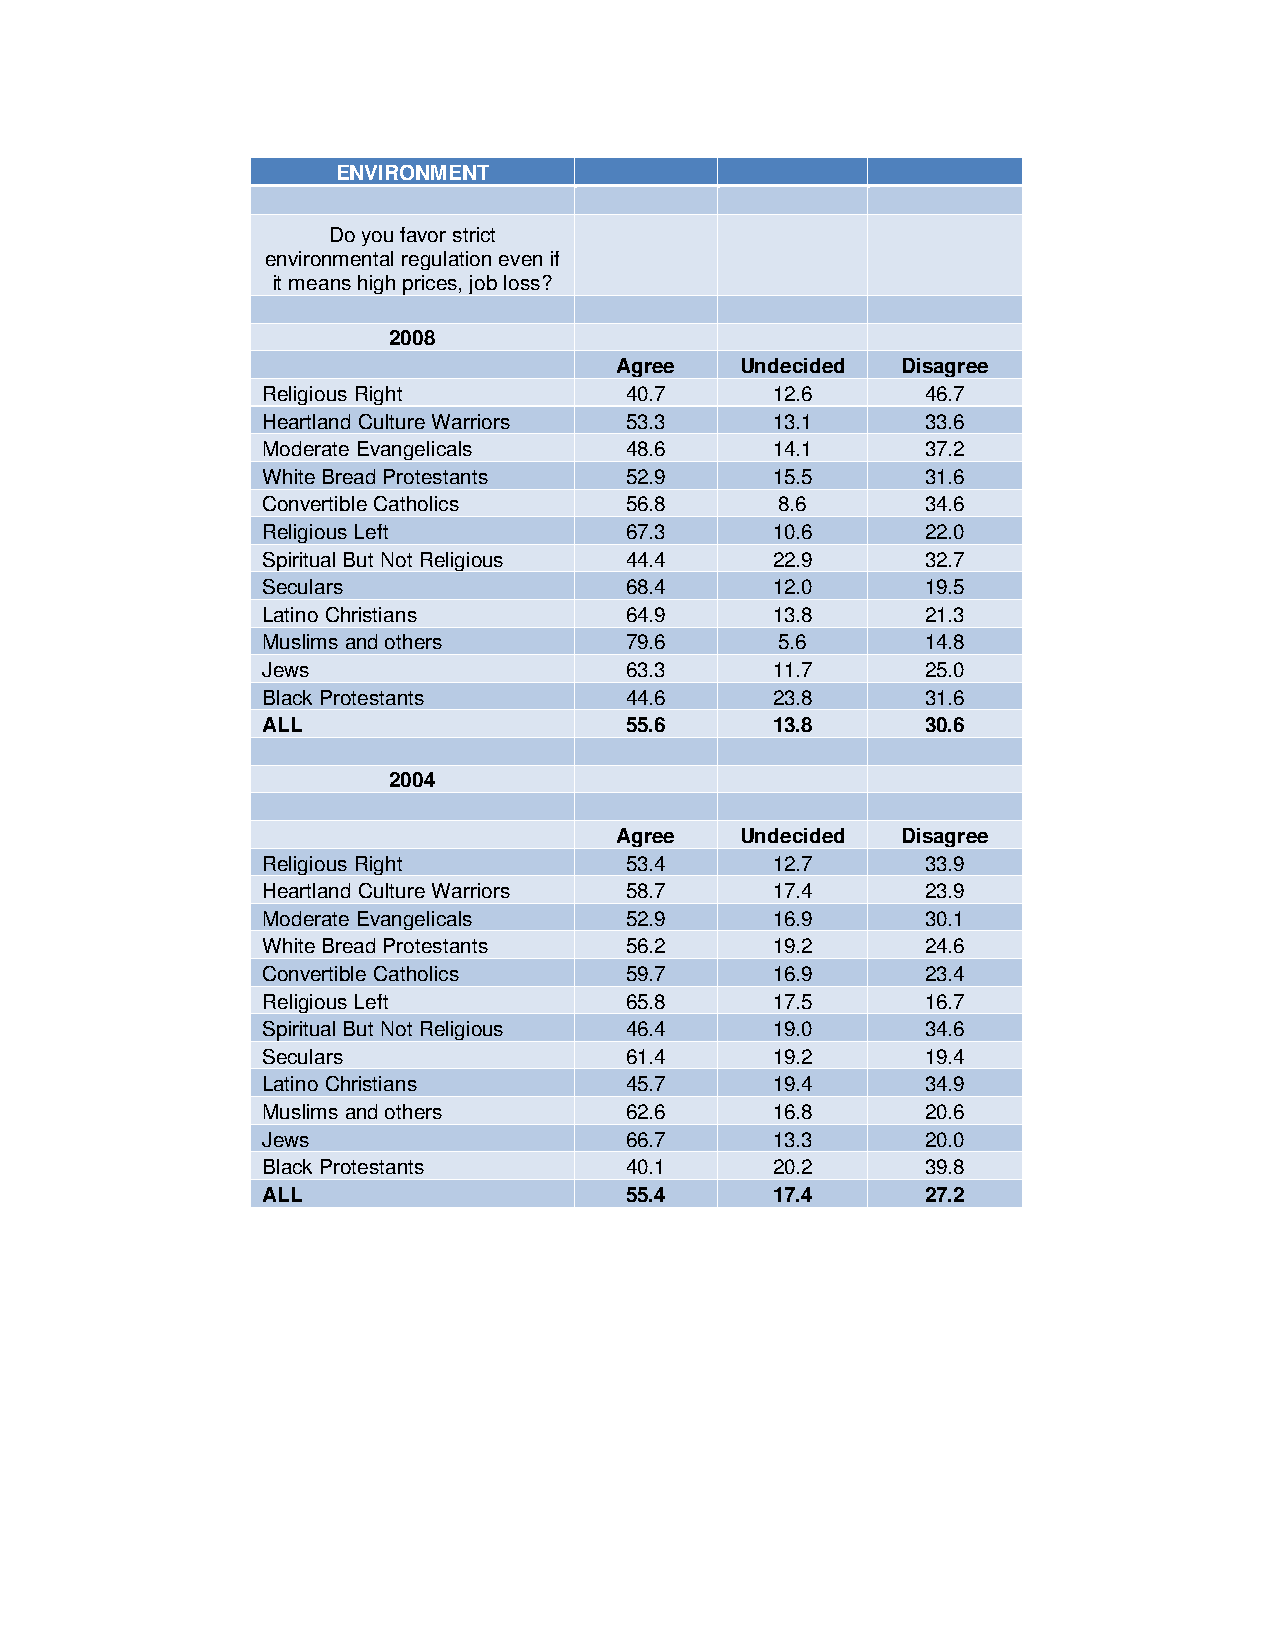
ENVIRONMENT
 Do you favor strict
 environmental regulation even if
 it means high prices, job loss?
 2008
 Agree   Undecided  Disagree
 Religious Right         40.7      12.6      46.7
 Heartland Culture Warriors 53.3   13.1      33.6
 Moderate Evangelicals   48.6      14.1      37.2
 White Bread Protestants 52.9      15.5      31.6
 Convertible Catholics   56.8       8.6      34.6
 Religious Left          67.3      10.6      22.0
 Spiritual But Not Religious 44.4  22.9      32.7
 Seculars                68.4      12.0      19.5
 Latino Christians       64.9      13.8      21.3
 Muslims and others      79.6       5.6      14.8
 Jews                    63.3      11.7      25.0
 Black Protestants       44.6      23.8      31.6
 ALL                     55.6      13.8      30.6
 2004
 Agree   Undecided  Disagree
 Religious Right         53.4      12.7      33.9
 Heartland Culture Warriors 58.7   17.4      23.9
 Moderate Evangelicals   52.9      16.9      30.1
 White Bread Protestants 56.2      19.2      24.6
 Convertible Catholics   59.7      16.9      23.4
 Religious Left          65.8      17.5      16.7
 Spiritual But Not Religious 46.4  19.0      34.6
 Seculars                61.4      19.2      19.4
 Latino Christians       45.7      19.4      34.9
 Muslims and others      62.6      16.8      20.6
 Jews                    66.7      13.3      20.0
 Black Protestants       40.1      20.2      39.8
 ALL                     55.4      17.4      27.2